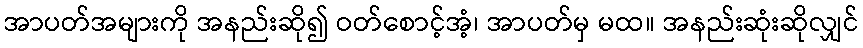
အာပတ်အများကို အနည်းဆို၍ ဝတ်စောင့်အံ့၊ အာပတ်မှ မထ။ အနည်းဆုံးဆိုလျှင်